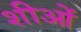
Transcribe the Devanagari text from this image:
शीओं